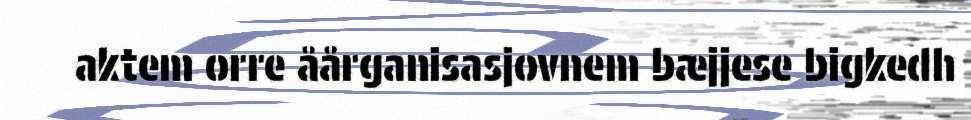
aktem orre åårganisasjovnem bæjjese bigkedh